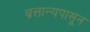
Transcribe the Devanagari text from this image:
ब्रत्तान्यपासून